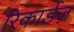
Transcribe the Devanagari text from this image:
रिकार्डज़